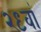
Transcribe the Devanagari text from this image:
२९वां